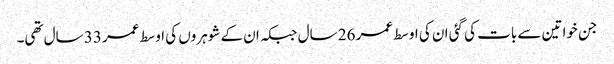
جن خواتین سے بات کی گئی ان کی اوسط عمر 26 سال جبکہ ان کے شوہروں کی اوسط عمر 33 سال تھی۔